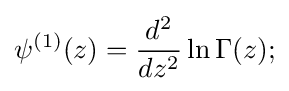
\psi ^{(1)}(z)={\frac {d^{2}}{dz^{2}}}\ln \Gamma (z);